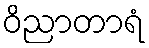
ဝိညာတာရံ